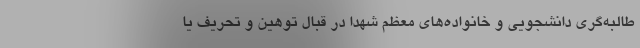
طالبه‌گری دانشجویی و خانواده‌های معظم شهدا در قبال توهین و تحریف یا